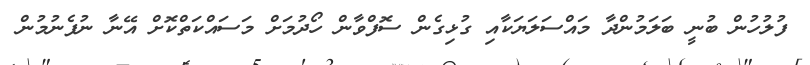
ފުލުހުން ބުނީ ބަލަމުންދާ މައްސަލަޔަކާއި ގުޅިގެން ސޮފްވާން ހޯދުމަށް މަސައްކަތްކޮށް އޭނާ ނުފެނުމުން